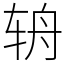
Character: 辀